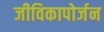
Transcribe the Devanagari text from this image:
जीविकापोर्जन